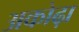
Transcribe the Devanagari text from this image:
अकोढ़ा